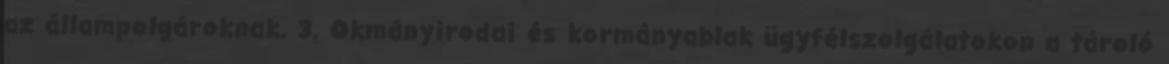
az állampolgároknak. 3. Okmányirodai és kormányablak ügyfélszolgálatokon a tároló